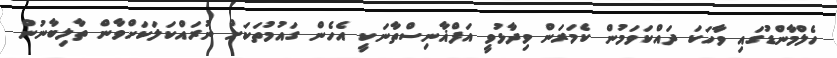
ހެލްމާންޑުގައި ވާހަކަ ދައްކަވަމުން ކެމަރަން ވިދާޅުވީ އަފްޣާނިސްތާނަކީ އެހެން ގައުމުތަކަށް ނުރައްކަލަކަށްވާން ތާލިބާނުން